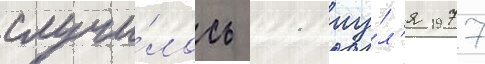
случи́лось 11 иу́л'я 1977